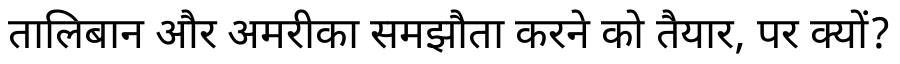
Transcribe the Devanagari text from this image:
तालिबान और अमरीका समझौता करने को तैयार, पर क्यों?